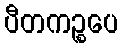
ပီတကဉ္စပေ